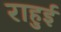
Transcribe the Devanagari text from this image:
राहुई